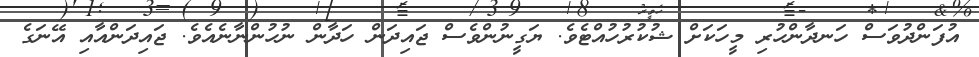
އުފަންދުވަސް ހަނދާންހުރި މީހަކަށް ޝުކުރުހުއްޓެވެ. ޔަގީނުންވެސް ޖައިދަން ހަދާން ނުހުންނާނެއެވެ. ޖައިދަންއާއި އޭނަގެ